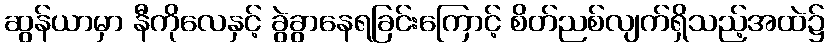
ဆွန်ယာမှာ နီကိုလေနှင့် ခွဲခွာနေရခြင်းကြောင့် စိတ်ညစ်လျက်ရှိသည့်အထဲ၌